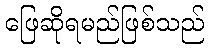
ဖြေဆိုရမည်ဖြစ်သည်